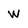
Character: W